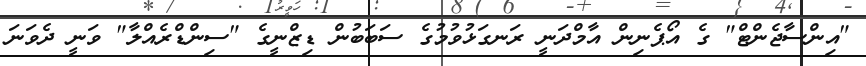
"އިންސާޖެންޓް" ގެ އޯޕެނިން އާމްދަނީ ރަނގަޅުވުމުގެ ސަބަބުން ޑިޒްނީގެ "ސިންޑްރެއްލާ" ވަނީ ދެވަނަ